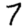
Digit: 7